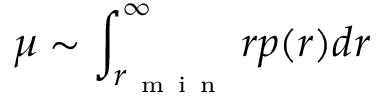
\mu \sim \int _ { r _ { \mathrm { ~ m ~ i ~ n ~ } } } ^ { \infty } r p ( r ) d r